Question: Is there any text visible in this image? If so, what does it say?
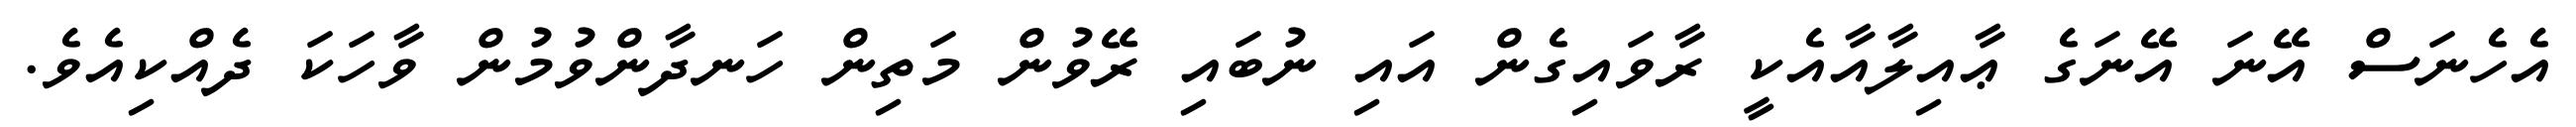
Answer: އެހެނަސް އޭނަ އޭނަގެ ޢާއިލާއާއެކީ ރާވައިގެން އައި ނުބައި ރޭވުން މަތިން ހަނދާންވުމުން ވާހަކަ ދެއްކިއެވެ.